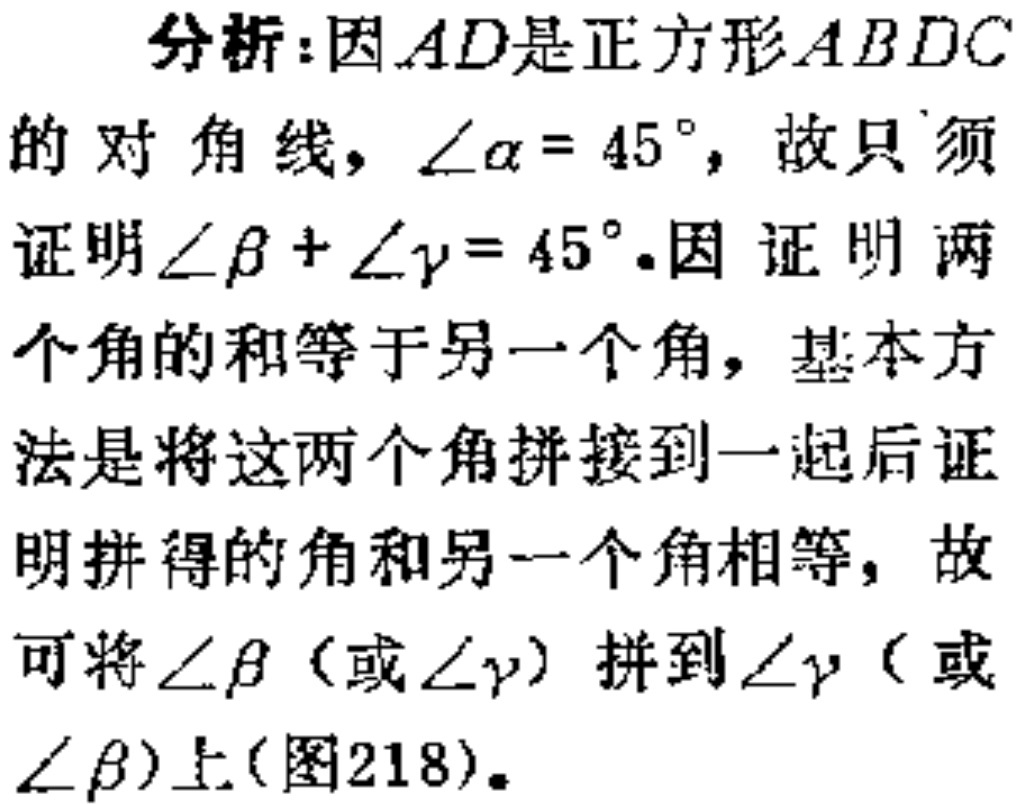
分析：因\(AD\)是正方形\(ABDC\)的对角线，\(\angle\alpha = 45^{\circ}\)，故只须证明\(\angle\beta+\angle\gamma = 45^{\circ}\).因证明两个角的和等于另一个角，基本方法是将这两个角拼接到一起后证明拼得的角和另一个角相等，故可将\(\angle\beta\)（或\(\angle\gamma\)）拼到\(\angle\gamma\)（或\(\angle\beta\)）上(图218)。